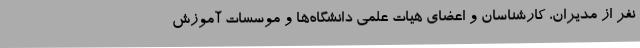
نفر از مدیران، کارشناسان و اعضای هیات علمی دانشگاه‌ها و موسسات آموزش